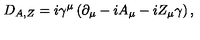
D _ { A , Z } = i \gamma ^ { \mu } \left( \partial _ { \mu } - i A _ { \mu } - i Z _ { \mu } \gamma \right) ,